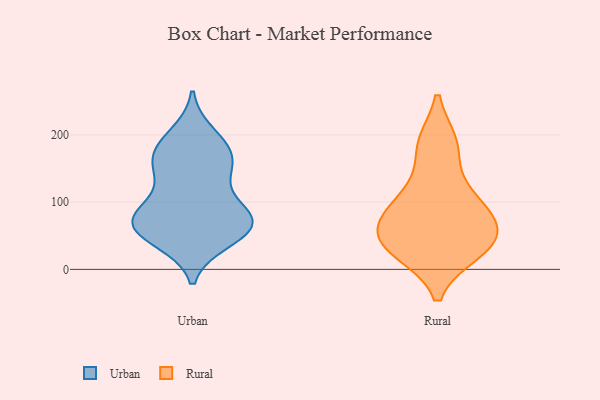
{"axis": {"x": "Bounce Rate (%)", "y": "Value"}, "legend": ["Rural", "Urban"], "data": [{"x": "", "y": 95, "type": "Urban"}, {"x": "", "y": 67, "type": "Urban"}, {"x": "", "y": 140, "type": "Urban"}, {"x": "", "y": 157, "type": "Urban"}, {"x": "", "y": 181, "type": "Urban"}, {"x": "", "y": 200, "type": "Urban"}, {"x": "", "y": 162, "type": "Urban"}, {"x": "", "y": 43, "type": "Urban"}, {"x": "", "y": 68, "type": "Urban"}, {"x": "", "y": 80, "type": "Urban"}, {"x": "", "y": 59, "type": "Urban"}, {"x": "", "y": 71, "type": "Urban"}, {"x": "", "y": 86, "type": "Urban"}, {"x": "", "y": 148, "type": "Urban"}, {"x": "", "y": 45, "type": "Urban"}, {"x": "", "y": 185, "type": "Urban"}, {"x": "", "y": 68, "type": "Urban"}, {"x": "", "y": 27, "type": "Rural"}, {"x": "", "y": 186, "type": "Rural"}, {"x": "", "y": 63, "type": "Rural"}, {"x": "", "y": 75, "type": "Rural"}, {"x": "", "y": 106, "type": "Rural"}, {"x": "", "y": 42, "type": "Rural"}, {"x": "", "y": 75, "type": "Rural"}, {"x": "", "y": 34, "type": "Rural"}, {"x": "", "y": 33, "type": "Rural"}, {"x": "", "y": 113, "type": "Rural"}, {"x": "", "y": 185, "type": "Rural"}]}